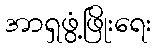
အာရှဖွံ့ဖြိုးရေး